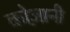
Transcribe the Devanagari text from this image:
कोज़ानी